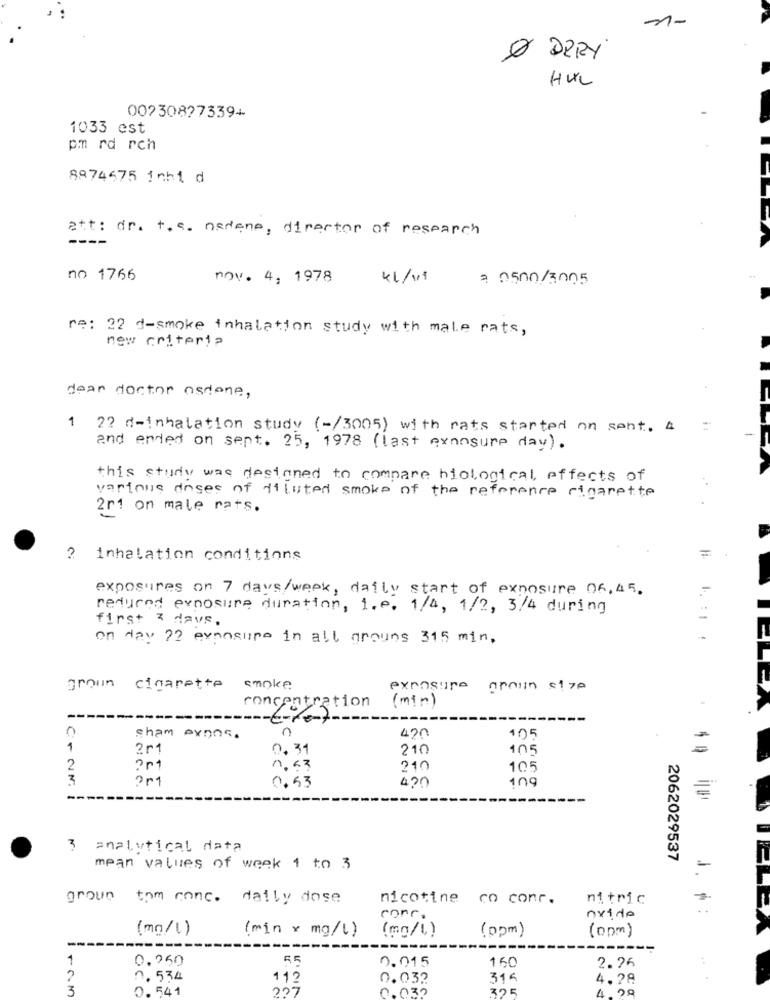
1-
& DERY
HUL
00730877339+
1033 est
pm rd rch
8874675 inhi d
att: dr. +. s. nedene, director of research
----
no 1766
nov. 4, 1978
41/v18
2 0500/3005
re: 22 d-smoke inhalation study with male rats,
new criteria
dear doctor osdone,
1 22 d-inhalation study (-/3005) with rats started on sent. A
-
and ended on sept. 25, 1978 (last evansure day).
this study was designed to compare biological, effects of
various doses of diluted smoke of the reference cigarette
2r1 on male rats.
2 inhalation conditions
exposures on 7 days/week, daily start of exposure 06,45.
reduced evnosure duration, 1.e. 1/4, 1/2, 3/4 during
first 2 days.
on day 72 exposure in all grouns 315 min.
grown cigarette
smoke.
exposure
groun $1 70
( min)
concentration
---------
470
sham axons.
n
105
1
201
0.31
210
10
2
210
105
3
0.53
420
109
3
analytical data
2062029537
mean values of week 1 to 3
grown tom conc. daily dose
nicotine co conc.
nitric
J. $ :
corr.
nvide
(mg/l)
(min x mg/l)
(mg/l)
(0pm)
-
(ppm)
1
0.950
0.015
150
2.26
2
0. 534
112
0.032
315
4.28
3
0.541
227
0.032
325
4.09